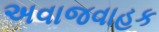
અવાજવાહક